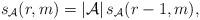
LaTeX: \begin{align*}s_{\mathcal{A}}(r,m)=\left|\mathcal{A}\right|s_{\mathcal{A}}(r-1,m), \end{align*}